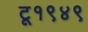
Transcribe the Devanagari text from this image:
टू१९४९